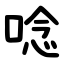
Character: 唸